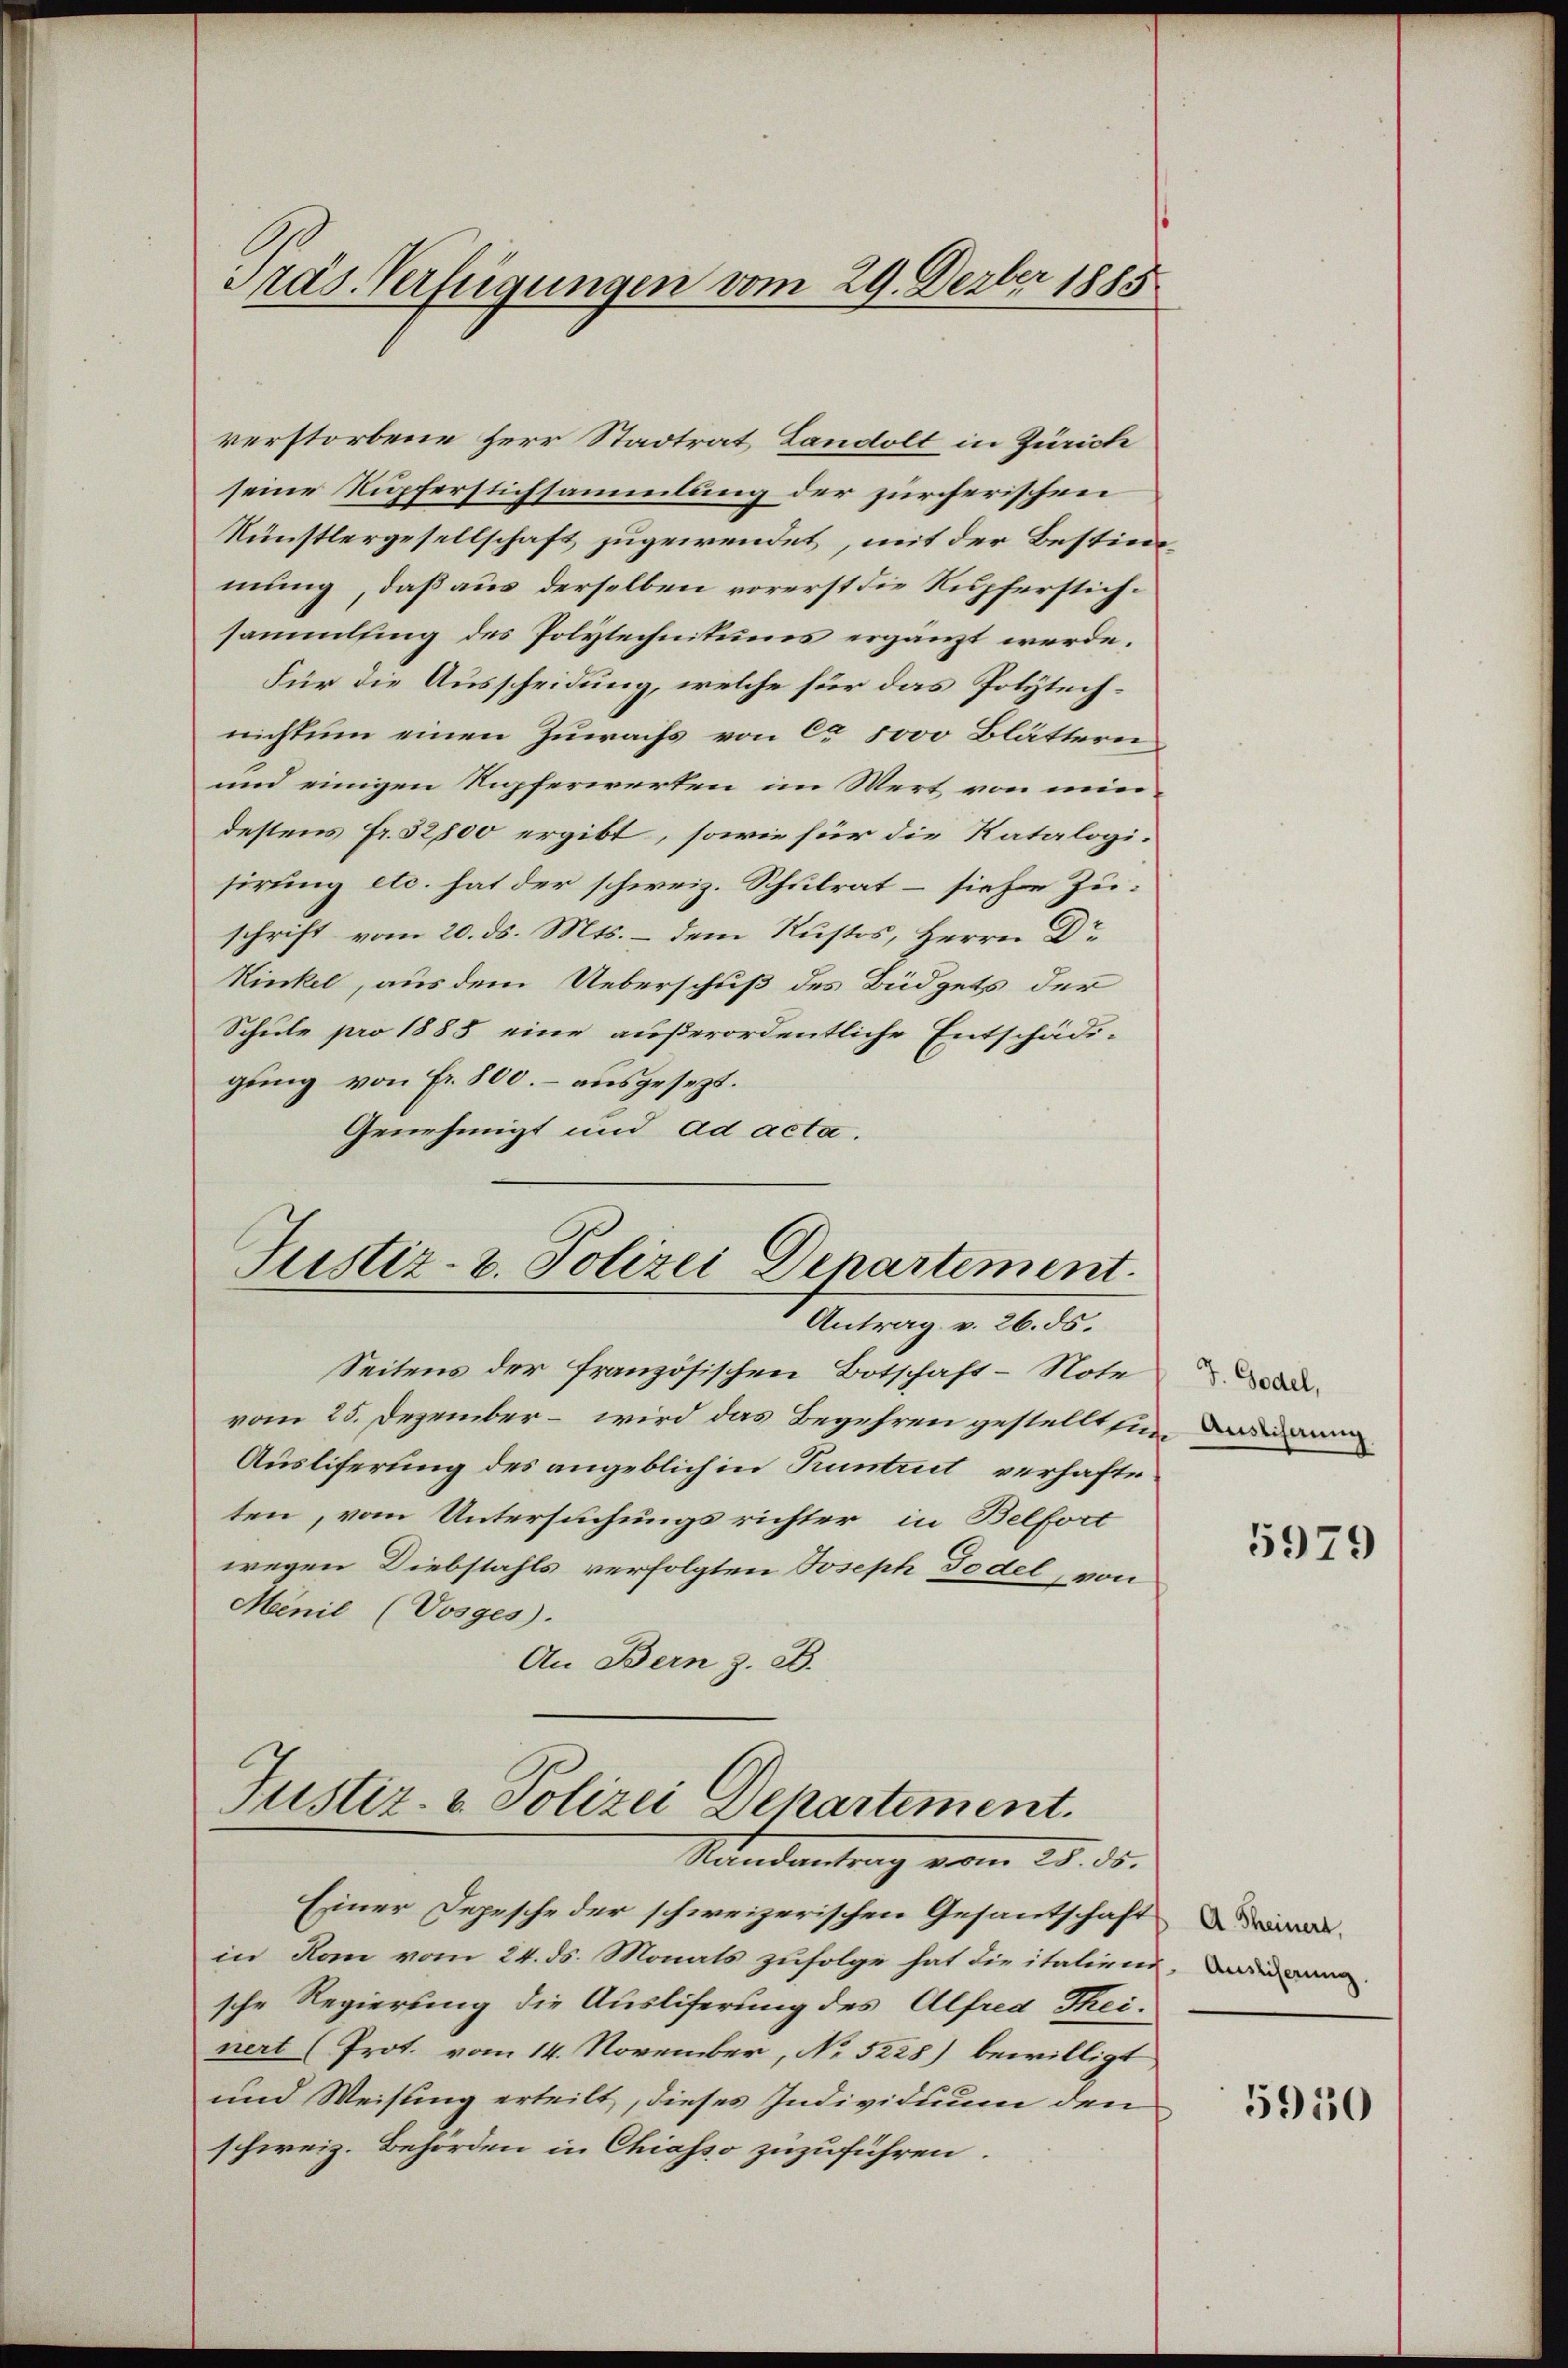
Präs. Verfügungen vom 29. Dezber 1885

verstorbene Herr Stadtrat Landolt in Zürich
seine Kupferstichsammlung der zürcherischen
Künstlergesellschaft zugewendet, mit der Bestimmung, daß aus derselben vorerst die Rupferstichsammlung des Polytechnitums ergänzt werde.
Für die Ausscheidung, welche für das Polytechnichtum einen Zuwachs von ca 5000 Blättern
und einigen Kupferwerten im Wert von min
destens Fr. 52800 ergibt, sowie für die Ratalogisirung etc. hat der schweiz. Schulrat – siehe Zuschrift vom 20. ds. Mts. – dem Rustos, Herrn Dr
Kinkel, aus dem Ueberschuß des Büdgets der
Schule pro 1885 eine außerordentliche Entschädigung von Fr. 800. – ausgesezt.
Genehmigt und ad acta.
Justiz- u. Polizei Departement.

Antrag v. 26. ds.

Seitens der französischen Botschaft-Note
vom 25. Dezember – wird das Begehren gestellt sie, das
Ausliferung des angeblich in Tuntrut verhafteten, vom Untersuchungsrichter in Belfort
wegen Diebstahls verfolgten Joseph Todel, von
Menil (Vosges.
An Bern z. B.

Justiz- & Polizei Departement.
Standentrag vom 25. ds.

Einer Depesche der schweizerischen Gesantschaft
in Kan vom 24. ds. Monats zufolge hat die italiens, Ban
sche Regierung die Ausliferung des Alfred Theinert (Prot. vom 14. November, No 5228) bewilligt
und Weisung erteilt, dieses Individuum den
schweiz. Behörden in Chiasso zuzuführen.

J. Godel,

5979

A. Theinert,

5950